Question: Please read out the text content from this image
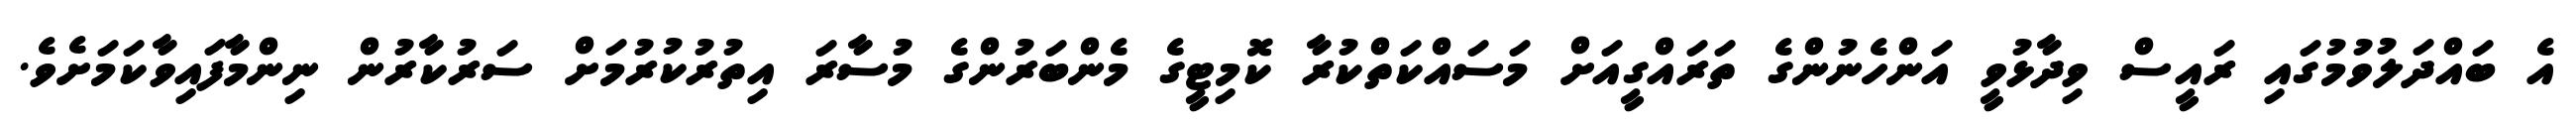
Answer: އެ ބައްދަލުވުމުގައި ރައީސް ވިދާޅުވީ އަންހެނުންގެ ތަރައްގީއަށް މަސައްކަތްކުރާ ކޮމިޓީގެ މެންބަރުންގެ މުސާރަ އިތުރުކުރުމަށް ސަރުކާރުން ނިންމާފައިވާކަމަށެވެ.